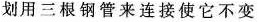
划用三根钢管来连接使它不变